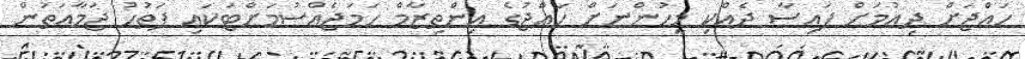
ހައްޖަށް ދިއުމަށް ފައިސާ ދެއްކި މީހުންނަށް ހައްޖުގެ އިންތިޒާމް ހަމަޖެއްސުމަށްޓަކައި ފަތުހު ޖަމާއަތުން